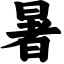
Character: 暑